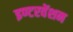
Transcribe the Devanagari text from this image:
इण्टरवेंशन